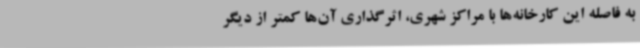
به فاصله این کارخانه‌ها با مراکز شهری، اثرگذاری آن‌ها کمتر از دیگر